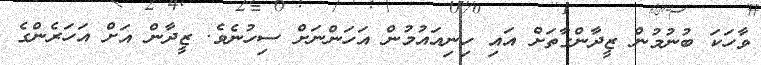
ވާހަކަ ބުނުމުން ޒީދާންގާތަށް އައި ހިނިއައުމުން އަހަންނަށް ސިހުނެވެ. ޒީދާން އަށް އަހަރެންގެ